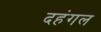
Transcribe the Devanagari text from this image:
दहंगल